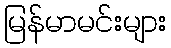
မြန်မာမင်းများ